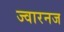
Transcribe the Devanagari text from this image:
ज्वारनज